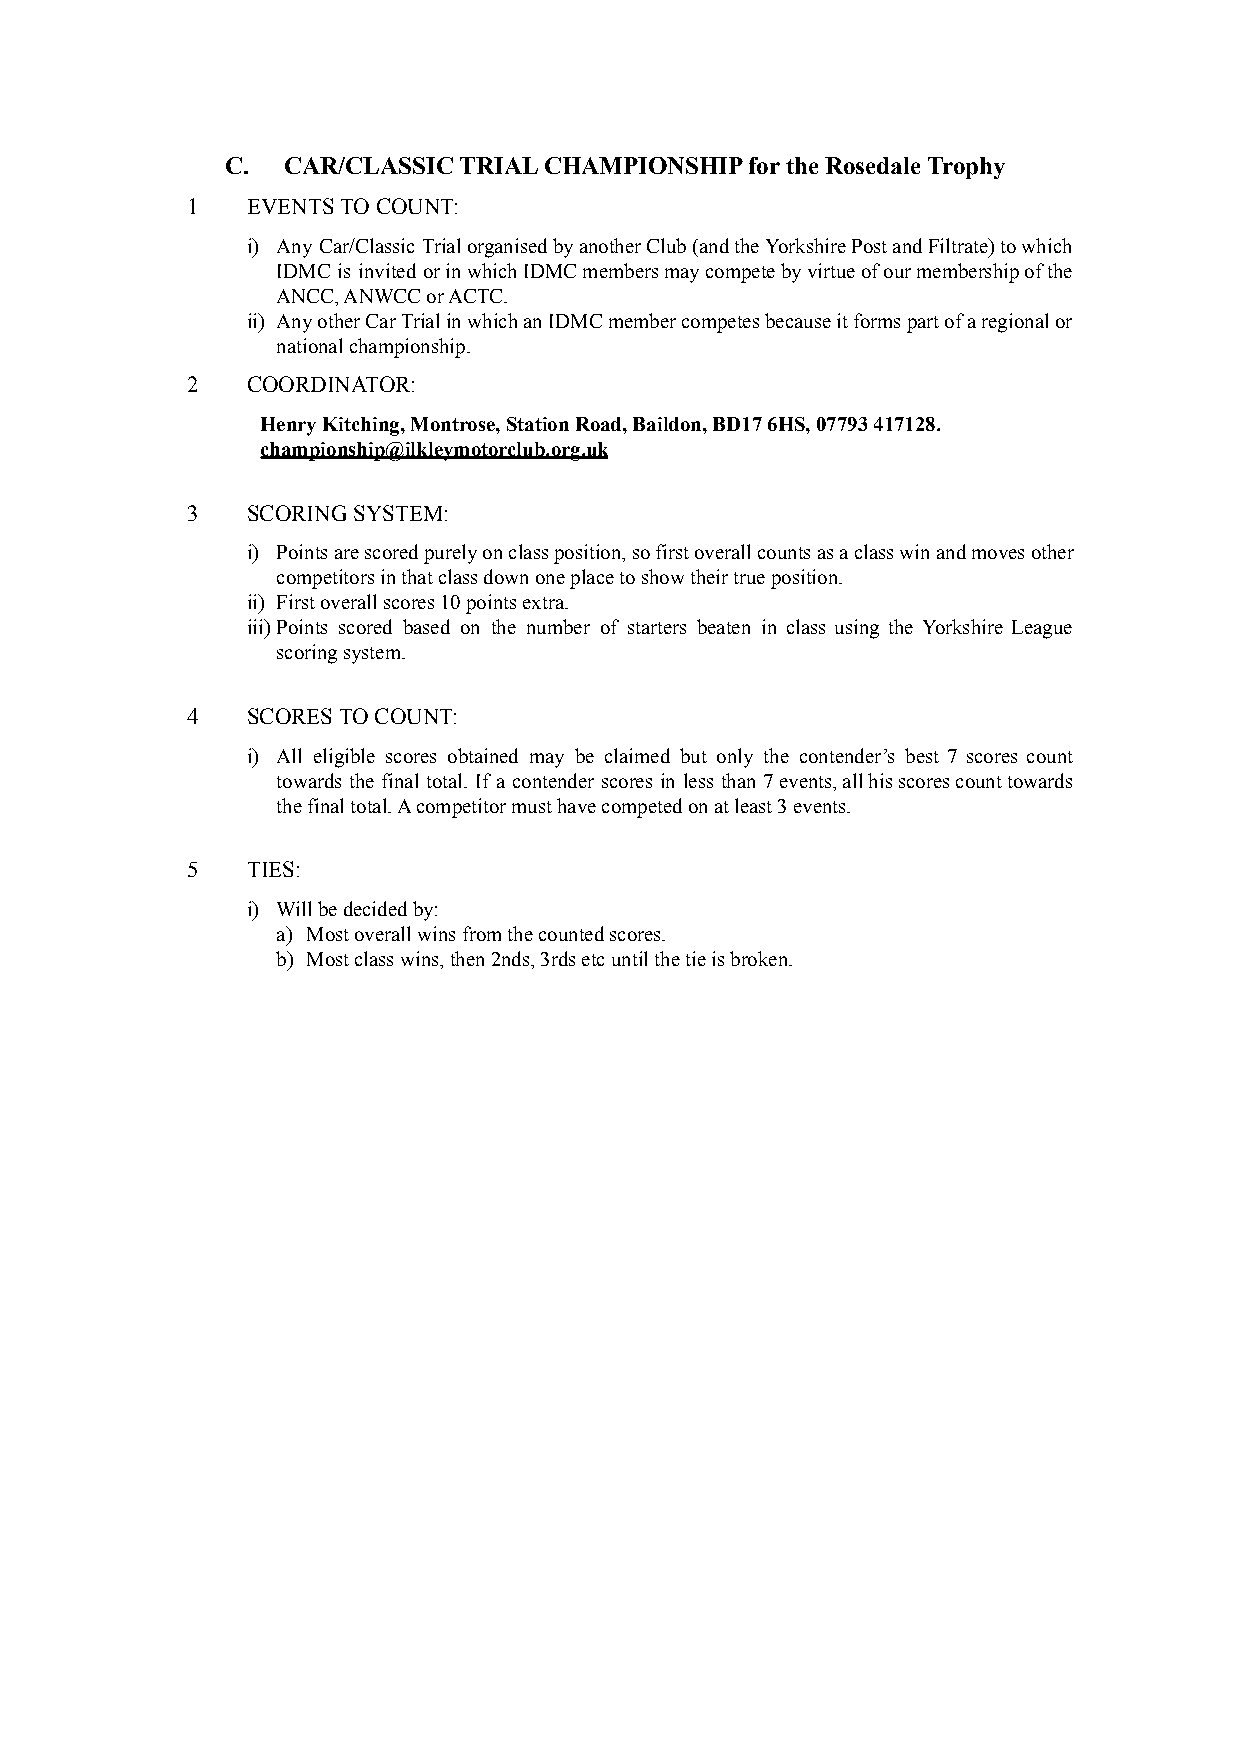
C.  CAR/CLASSIC TRIAL CHAMPIONSHIP for the Rosedale Trophy
 1   EVENTS TO COUNT:
 i) Any Car/Classic TrialorganisedbyanotherClub(andtheYorkshirePostandFiltrate)towhich
 IDMC is invited orinwhichIDMCmembersmaycompetebyvirtueofourmembershipofthe
 ANCC, ANWCC or ACTC.
 ii) AnyotherCarTrialinwhichanIDMCmembercompetesbecauseitformspartofaregionalor
 national championship.
 2   COORDINATOR:
 Henry Kitching, Montrose, Station Road, Baildon, BD17 6HS, 07793 417128.
 championship@ilkleymotorclub.org.uk
 3   SCORING SYSTEM:
 i) Pointsarescoredpurelyonclassposition,sofirstoverallcountsasaclasswinandmovesother
 competitors in that class down one place to show their true position.
 ii) First overall scores 10 points extra.
 iii)Points scored based on the number of starters beaten in class using the Yorkshire League
 scoring system.
 4   SCORES TO COUNT:
 i) All eligible scores obtained may be claimed but only the contender’s best 7 scores count
 towards the final total. If a contender scores in less than 7events,allhisscorescounttowards
 the final total. A competitor must have competed on at least 3 events.
 5   TIES:
 i) Will be decided by:
 a) Most overall wins from the counted scores.
 b) Most class wins, then 2nds, 3rds etc until the tie is broken.